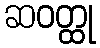
ဆဝတ္ထု